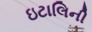
ઇટાલિની